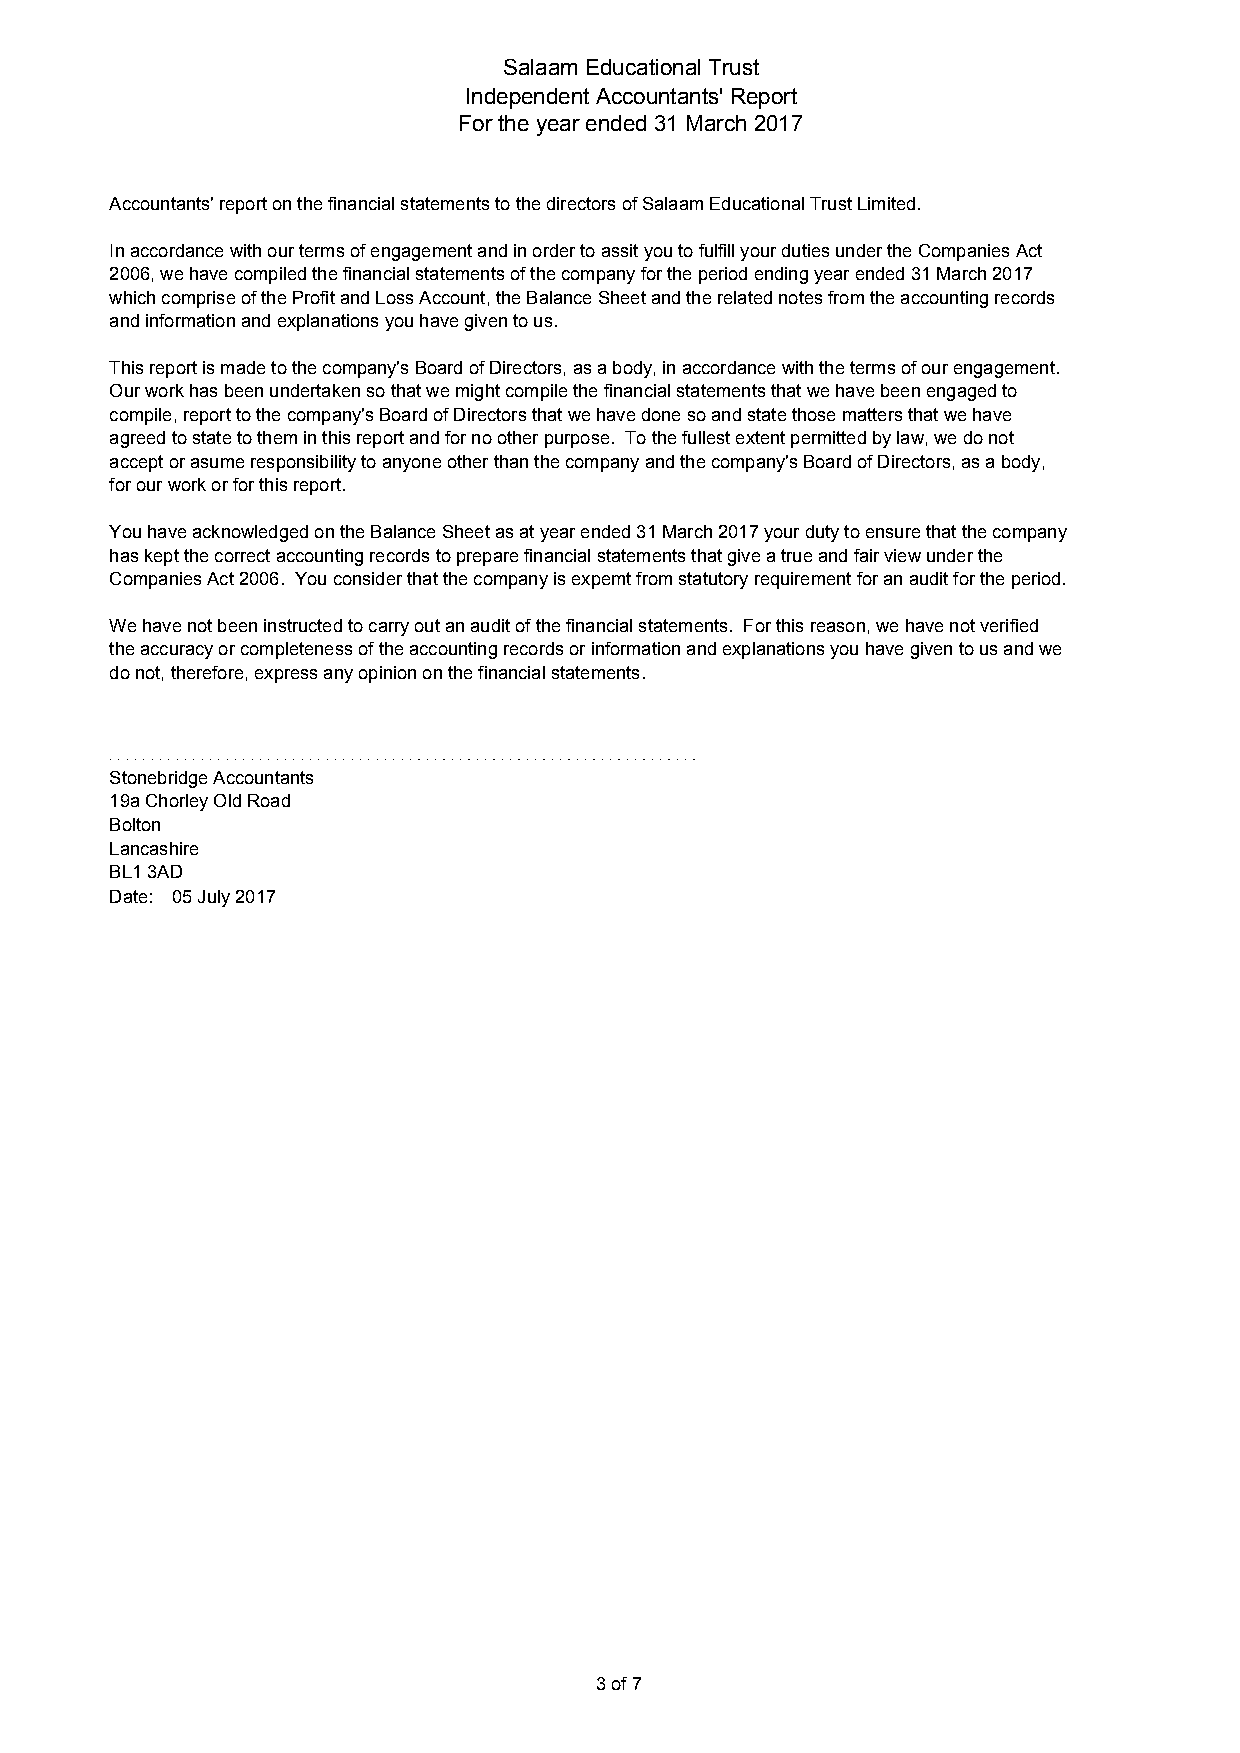
Salaam Educational Trust
 Independent Accountants' Report
 For the year ended 31 March 2017
 Accountants' report on the financial statements to the directors of Salaam Educational Trust Limited.
 In accordance with our terms of engagement and in order to assit you to fulfill your duties under the Companies Act
 2006, we have compiled the financial statements of the company for the period ending year ended 31 March 2017
 which comprise of the Profit and Loss Account, the Balance Sheet and the related notes from the accounting records
 and information and explanations you have given to us.
 This report is made to the company's Board of Directors, as a body, in accordance with the terms of our engagement.
 Our work has been undertaken so that we might compile the financial statements that we have been engaged to
 compile, report to the company's Board of Directors that we have done so and state those matters that we have
 agreed to state to them in this report and for no other purpose. To the fullest extent permitted by law, we do not
 accept or asume responsibility to anyone other than the company and the company's Board of Directors, as a body,
 for our work or for this report.
 You have acknowledged on the Balance Sheet as at year ended 31 March 2017 your duty to ensure that the company
 has kept the correct accounting records to prepare financial statements that give a true and fair view under the
 Companies Act 2006. You consider that the company is expemt from statutory requirement for an audit for the period.
 We have not been instructed to carry out an audit of the financial statements. For this reason, we have not verified
 the accuracy or completeness of the accounting records or information and explanations you have given to us and we
 do not, therefore, express any opinion on the financial statements.
 Stonebridge Accountants
 19a Chorley Old Road
 Bolton
 Lancashire
 BL1 3AD
 Date: 05 July 2017
 3 of 7